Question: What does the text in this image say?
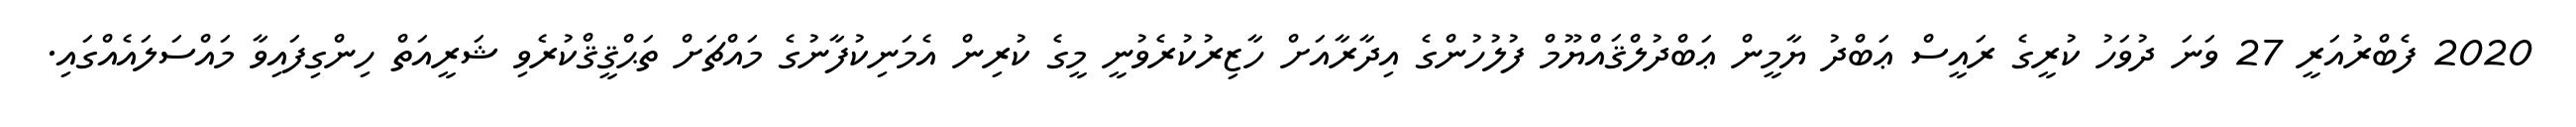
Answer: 2020 ފެބްރުއަރީ 27 ވަނަ ދުވަހު ކުރީގެ ރައީސް ޢަބްދު ޔާމީން ޢަބްދުލްޤައްޔޫމް ފުލުހުންގެ އިދާރާއަށް ހާޒިރުކުރެވުނީ މީގެ ކުރިން އެމަނިކުފާނުގެ މައްޗަށް ތަޙްޤީޤްކުރެވި ޝަރީއަތް ހިންގިފައިވާ މައްސަލައެއްގައި.